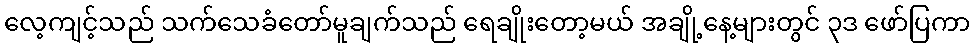
လေ့ကျင့်သည် သက်သေခံတော်မူချက်သည် ရေချိုးတော့မယ် အချို့နေ့များတွင် ၃ဒ ဖော်ပြကာ